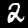
Label: 2